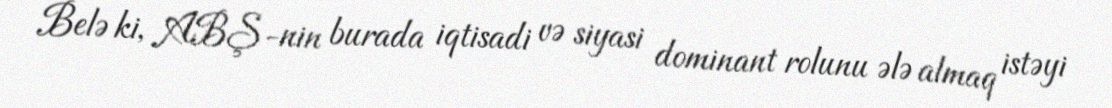
Belə ki, ABŞ-nin burada iqtisadi və siyasi dominant rolunu ələ almaq istəyi